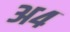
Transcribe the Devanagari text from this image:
अ४